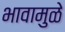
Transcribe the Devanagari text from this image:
भावामुळे